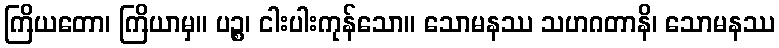
ကြိယတော၊ ကြိယာမှ။ ပဉ္စ၊ ငါးပါးကုန်သော။ သောမနဿ သဟဂတာနိ၊ သောမနဿ